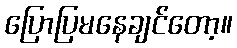
ပြောပြမနေချင်တော့။